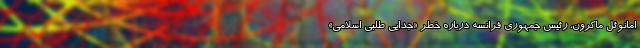
امانوئل ماکرون، رئیس جمهوری فرانسه درباره خطر «جدایی طلبی اسلامی»